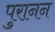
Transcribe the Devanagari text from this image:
पुरानन